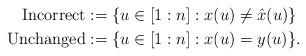
LaTeX: \begin{align*} \textrm{Incorrect} &:= \{ u \in [1:n]: x(u) \neq \hat{x}(u) \} \\ \textrm{Unchanged} &:= \{u \in [1:n]: x(u) = y(u) \}.\end{align*}